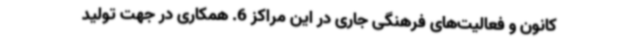
کانون و فعالیت‌های فرهنگی جاری در این مراکز 6. همکاری در جهت تولید